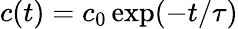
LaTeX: c(t)=c_{0}\exp(-t/\tau)